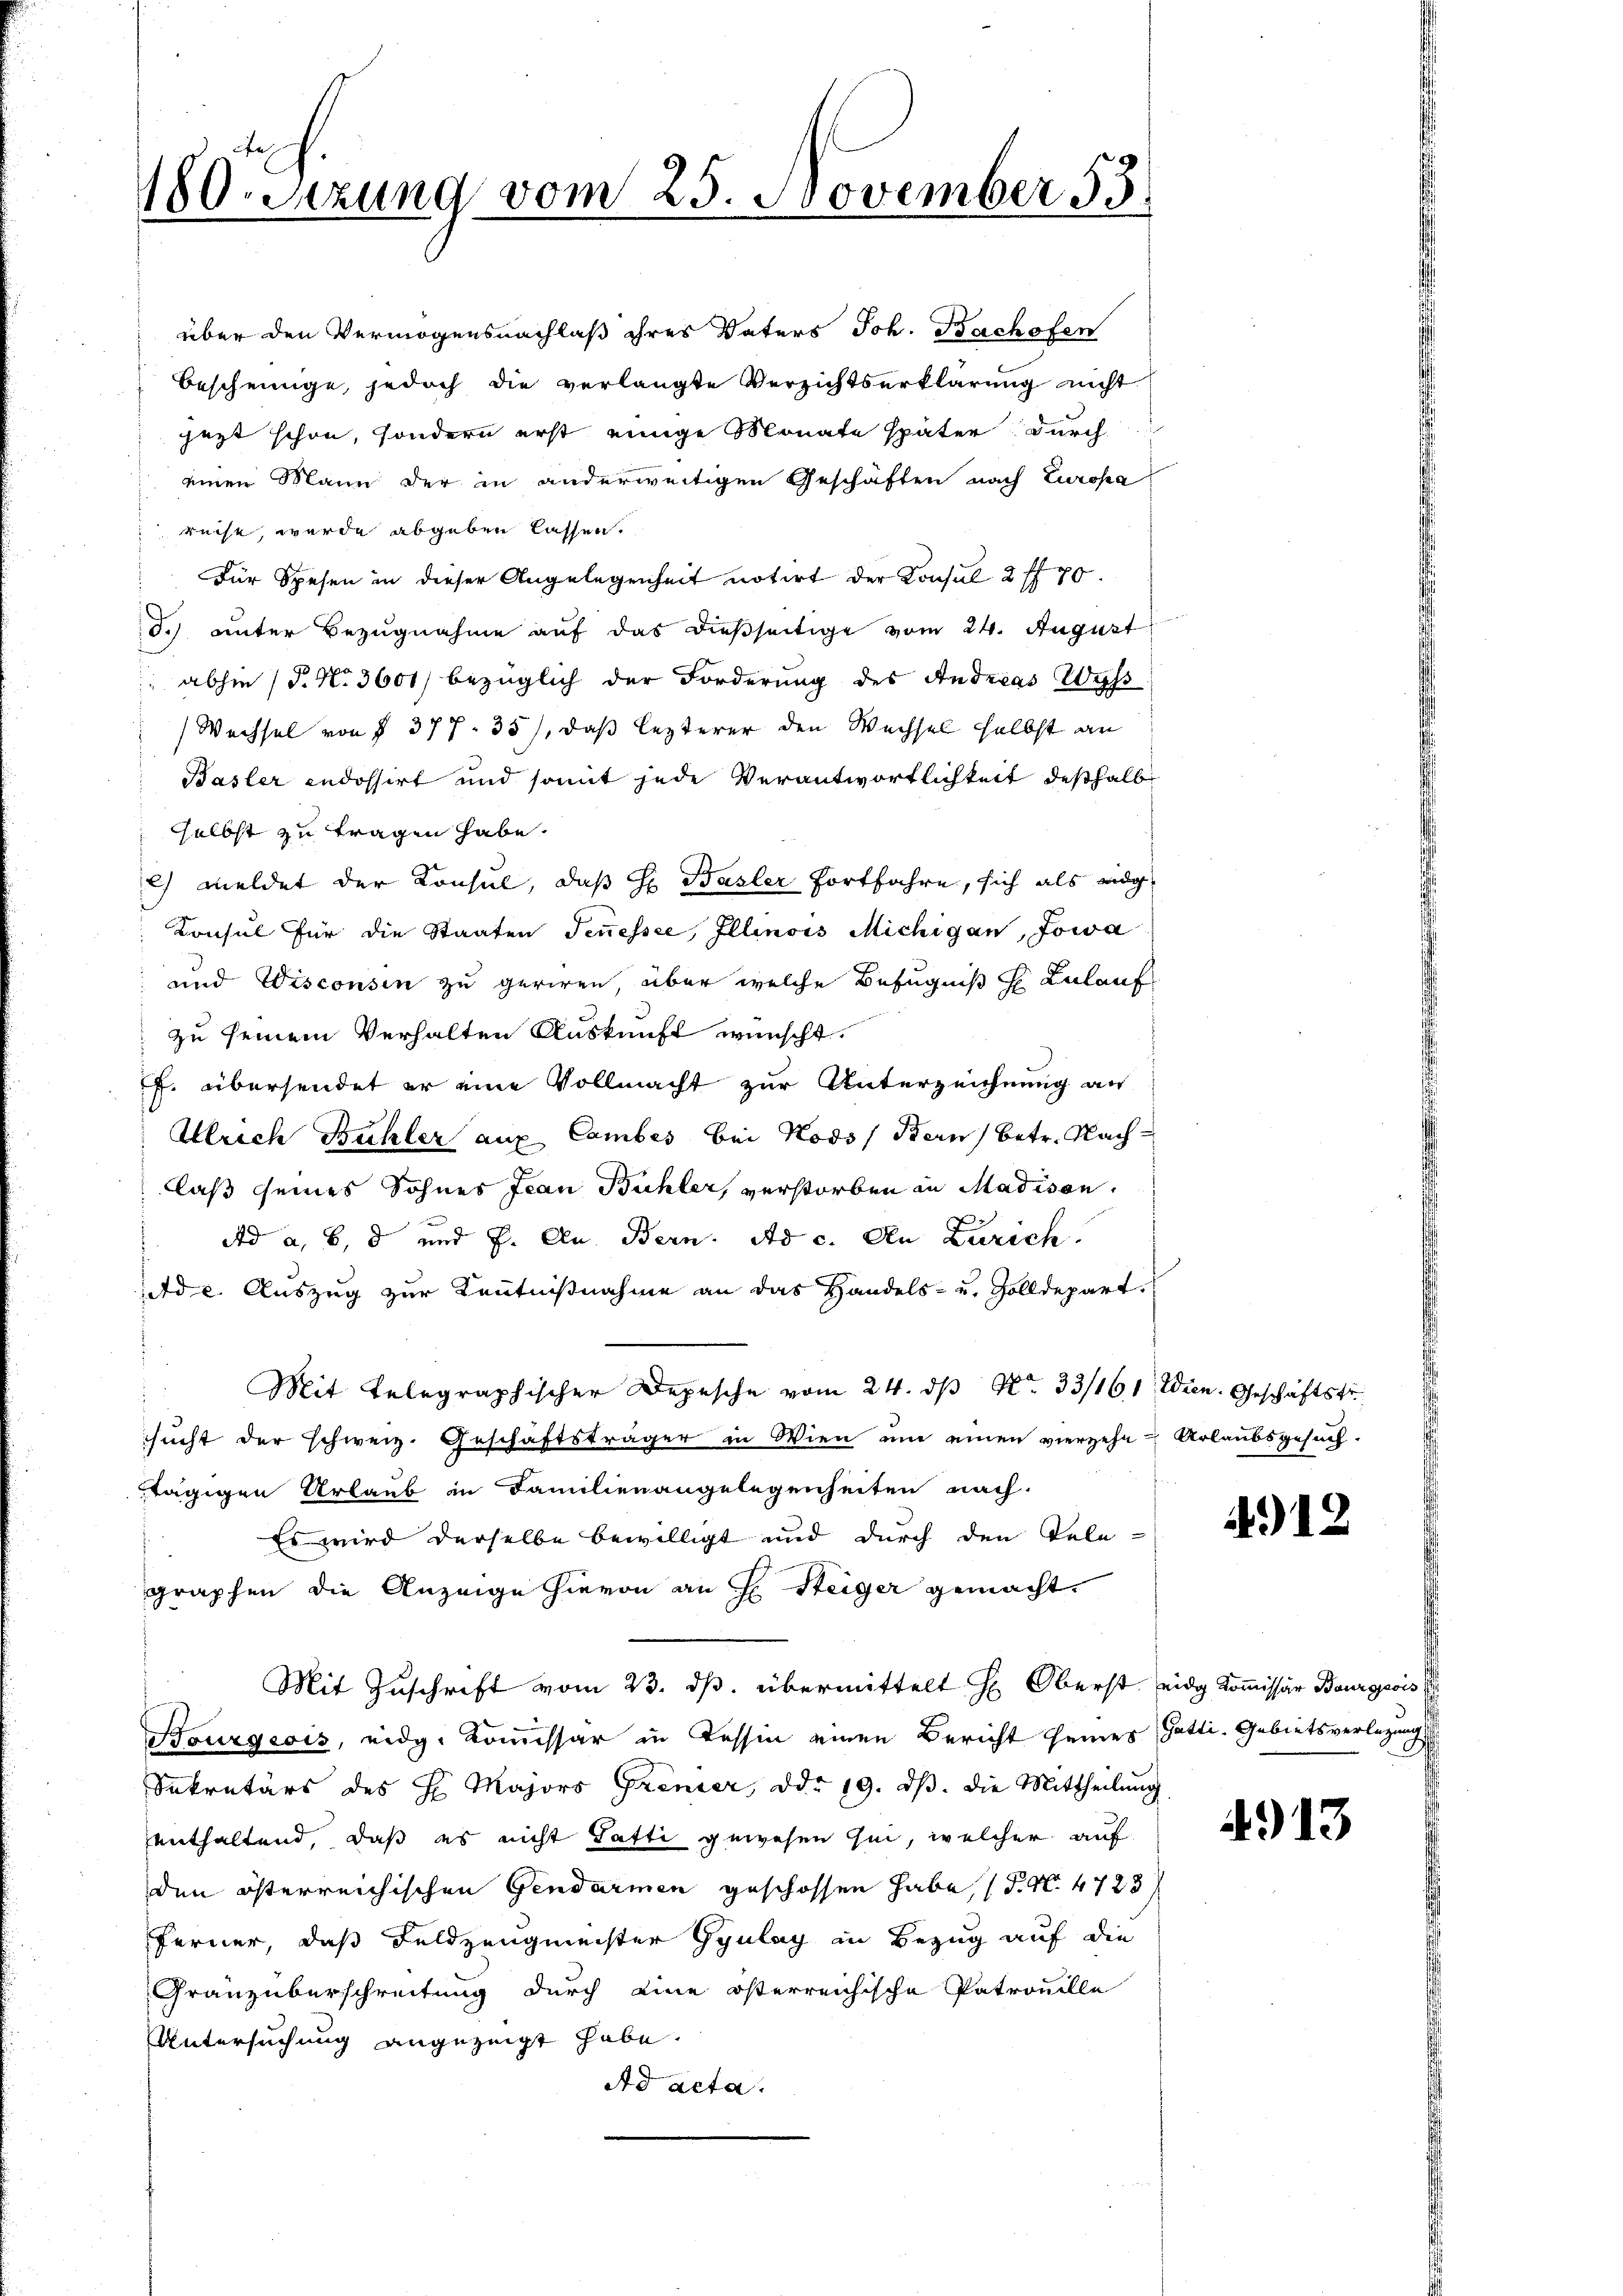
über den Vermögensnachlaß ihres Vaters Joh. Bachofen
bescheinige, jedoch die verlangte Verzichtserklärung nicht
jezt schon, sondern erst einige Monate später durch
einen Mann der in anderweitigen Geschäften nach Europa
reise, wurde abgeben lassen.
Für Spesen in dieser Angelegenheit notirt der Consul 2 ff 70.
d.) unter Bezugnahme auf das dießseitige vom 24. August
 abhin (T. N. 3601/ bezüglich der Forderung des Andreas Wass
Wechsel von § 377. 35), daß lezterer den Wechsel selbst an
Basler indossirt und somit jede Verantwortlichkeit deshalb
selbst zu tragen habe.
) meldet der Konsul, daß H. Basler Fortfahre, sich als eidg
Konsul für die Staaten Tenessee, Illinois Michigan, Jowa
und Wisconsin zu geriren, aber welche Befugniß h Zulauf
zu seinem Verhalten Auskunft wünscht.
f. übersendet er eine Vollmacht zur Unterzeichnung an
Ulrich Bühler auf Camber bei Kods) Bern, betr. Nachlaß seines Sohnes Jean Bühler, verstorben in Madison.
Ad a, b, d und J. A. Bern. Ad c. An Zürich.
de. Auszug zur Kenntnißnahme an das Handels- u. Zolldepart.
Mit Telegraphischer Depesche vom 24. dβ No. 33/161. Wien. Geschäftstr.
sucht der schweiz. Geschäftsträger in Wien um einen vierzehn u Urlaubsgesuch.
tägigen Urlaub in Familienangelegenheiten nach.
Es wird derselbe bewilligt und durch den Tele-
graphen die Anzeige hievon an H. Steiger gemacht.
Mit Zuschrift vom 23. ds. übermittelt H. Oberst eidg Kommissär Bourgeois
Bourgeois, eidg. Kommissar in Tessin einen Bericht seines Gatti. Gebietsverlegung
Sekretärs des H. Majors Grenzer, ddo 19. ds. die Mittheilung
enthaltend, daß es nicht Satti gewesen sei, welcher auf
den österreichischen Gendarmen geschossen habe, (N. N. 4728
Ferner, daß Feldzeugmeister Gyulay in Bezug auf die
Granzüberschreitung durch eine österreichische Patronelle
Untersuchung angezeigt habe.
Ad acta.

180. Setzung vom 25. November 53.
2

412

413